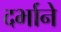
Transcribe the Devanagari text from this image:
दर्भाने